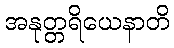
အနုတ္တရိယေနာတိ